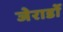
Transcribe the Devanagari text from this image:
जेरार्डो